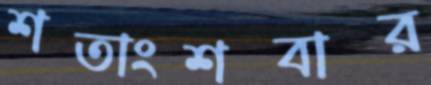
শতাংশবার